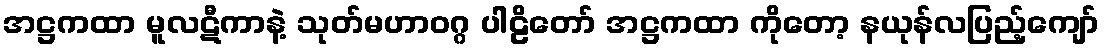
အဋ္ဌကထာ မူလဋီကာနဲ့ သုတ်မဟာဝဂ္ဂ ပါဠိတော် အဋ္ဌကထာ ကိုတော့ နယုန်လပြည့်ကျော်